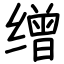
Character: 缯